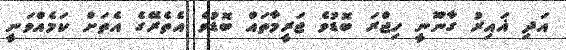
އަދި ޣައިރު ގާނޫނީ ހިޖްރަ ބޮޑުވެ ޖަރީމާތައް ބޮޑުވެ އެތެރޭގެ އެތަށް ކަމެއްވަނީ